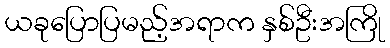
ယခုပြောပြမည့်အရာက နှစ်ဦးအကြို